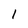
Character: l